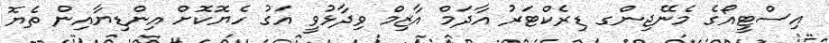
އިސްޓީއޯގެ މެނޭޖިންގ ޑިރެކްޓަރު އާދަމް އާޒިމް ވިދާޅުވީ އަގު ހެޔޮކޮށް އިންޑިޔާއިން ތެޔޮ